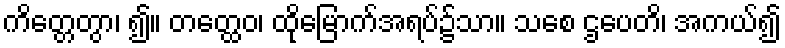
ကိတ္တေတွာ၊ ၍။ တတ္ထေဝ၊ ထိုမြောက်အရပ်၌သာ။ သစေ ဌပေတိ၊ အကယ်၍